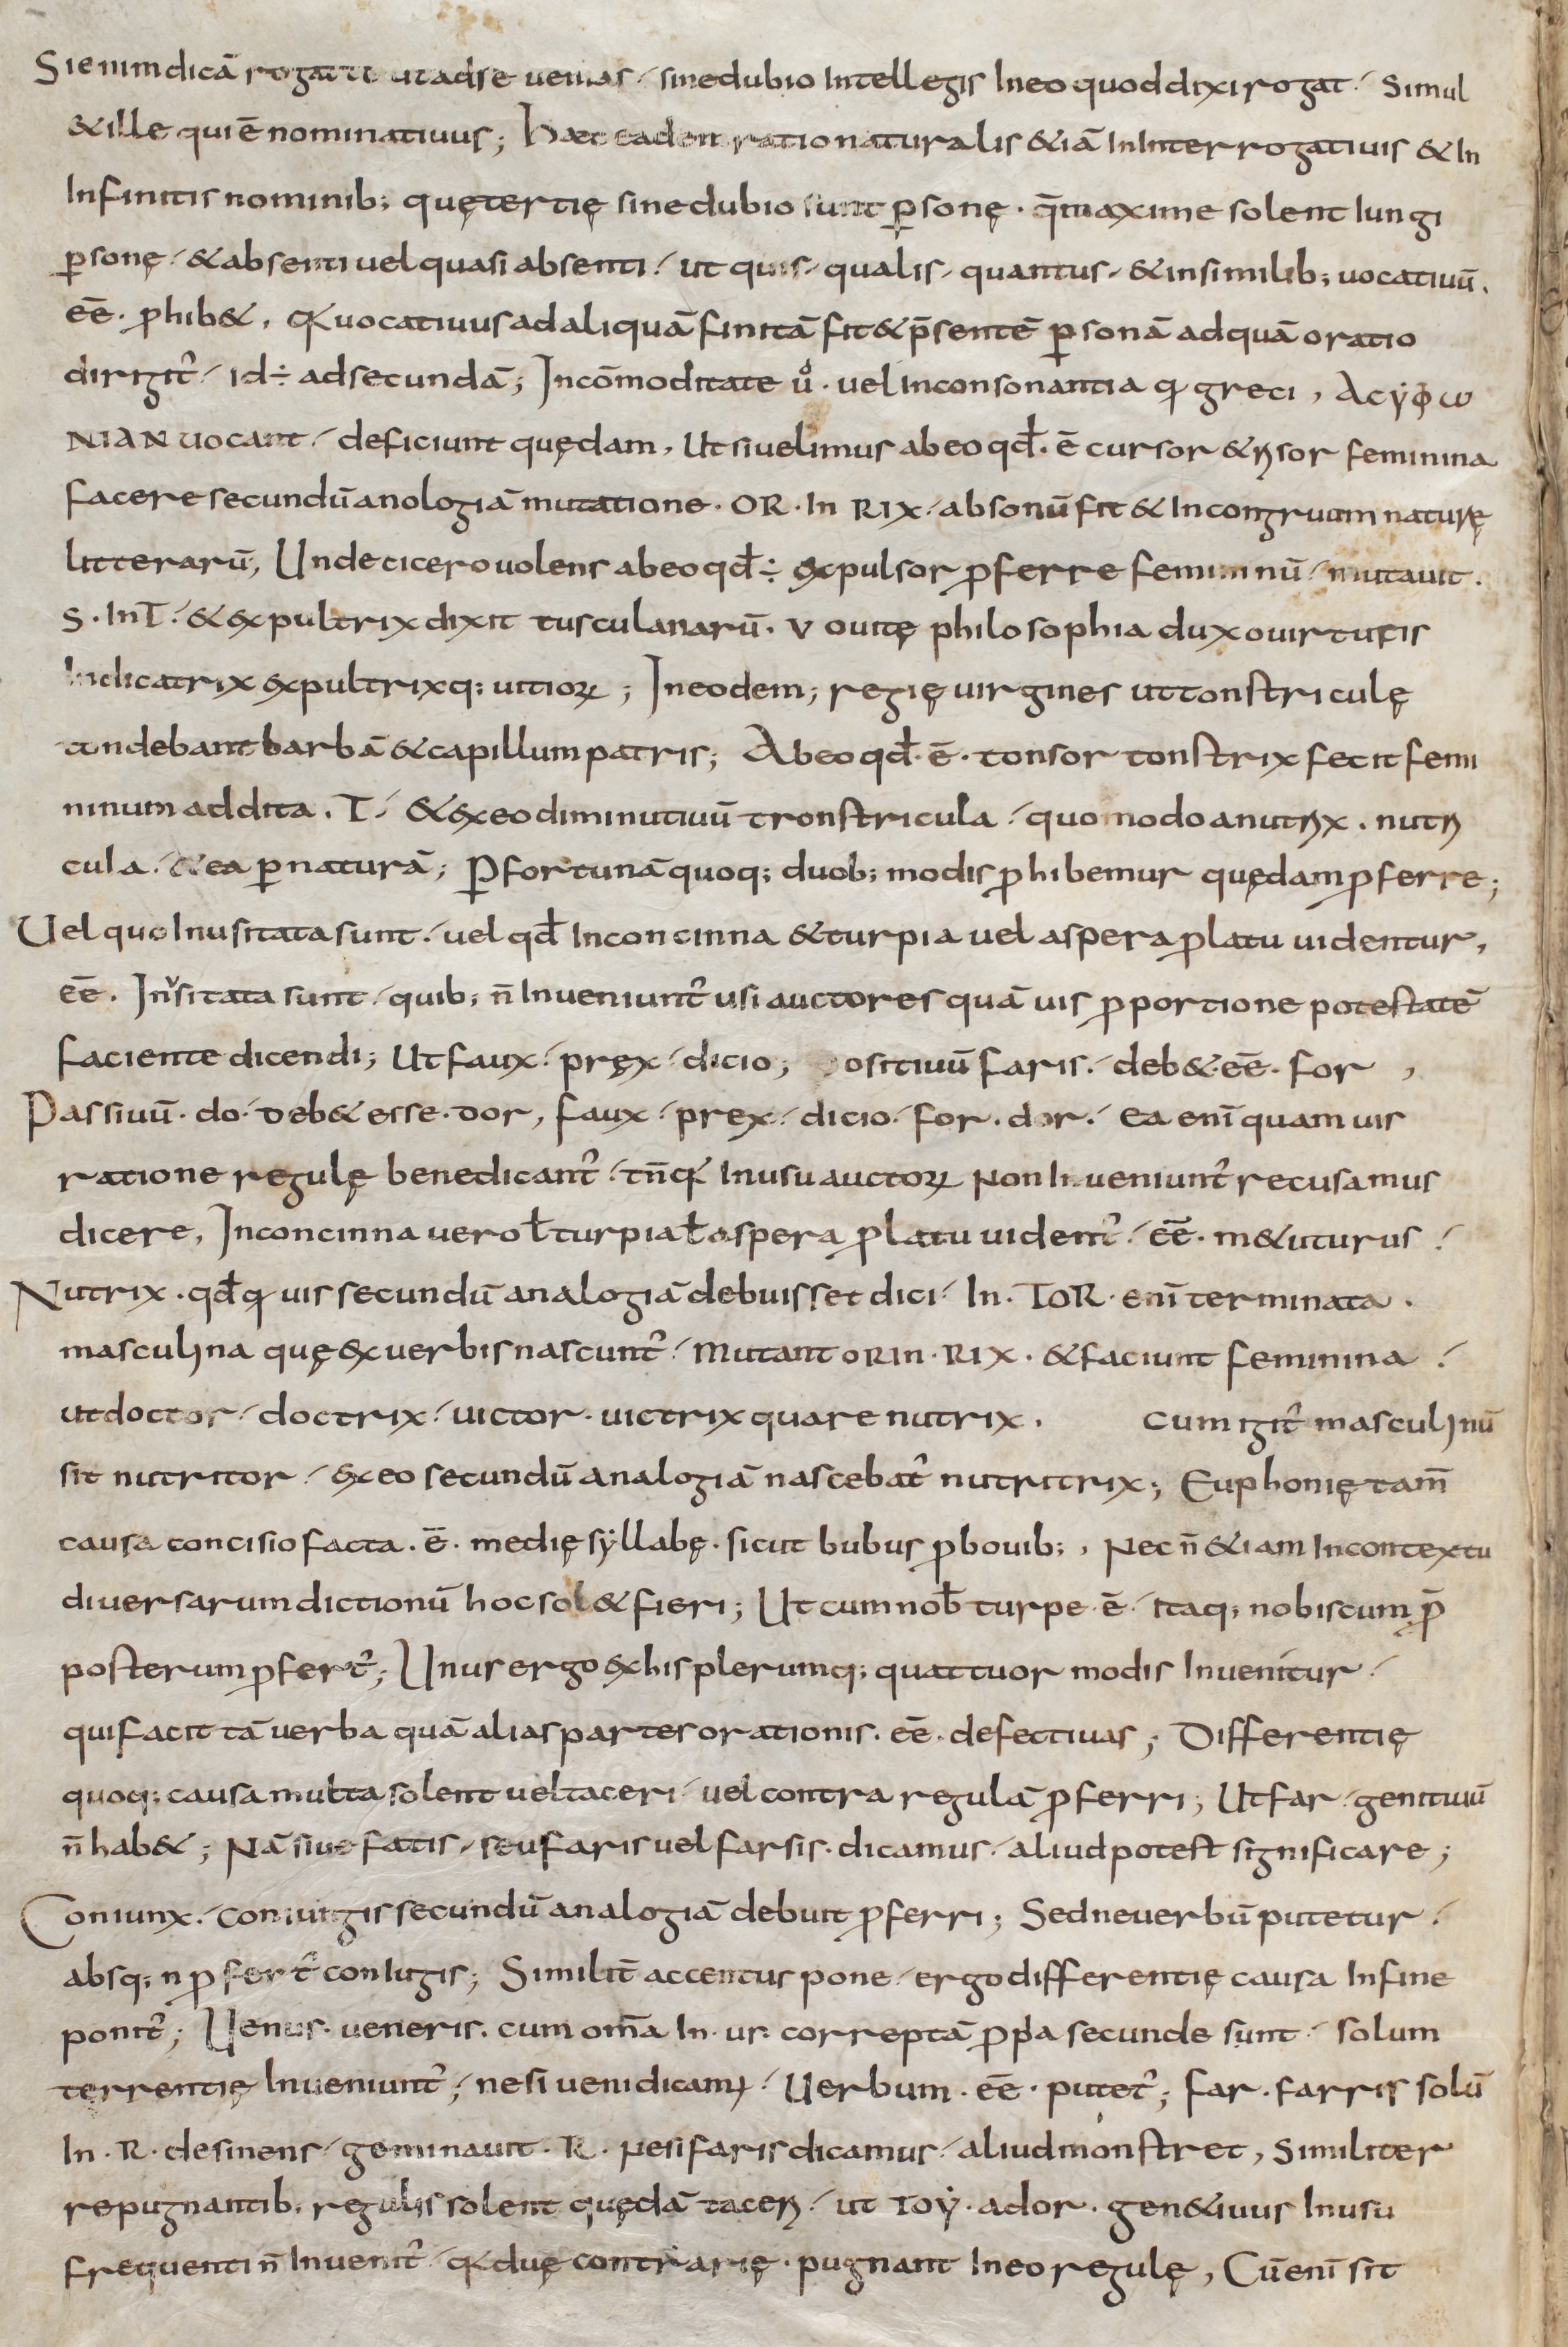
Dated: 900–999